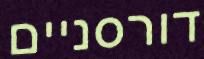
דורסניים